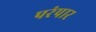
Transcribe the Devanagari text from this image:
परंपार